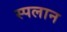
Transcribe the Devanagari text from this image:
स्पलान